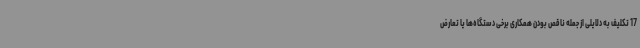
17 تکلیف به دلایلی از جمله ناقص بودن همکاری برخی دستگاه‌ها یا تعارض